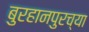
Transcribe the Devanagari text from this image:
बुरहानपुरच्या